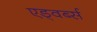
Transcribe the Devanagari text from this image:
एड्वर्ब्स